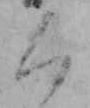
く